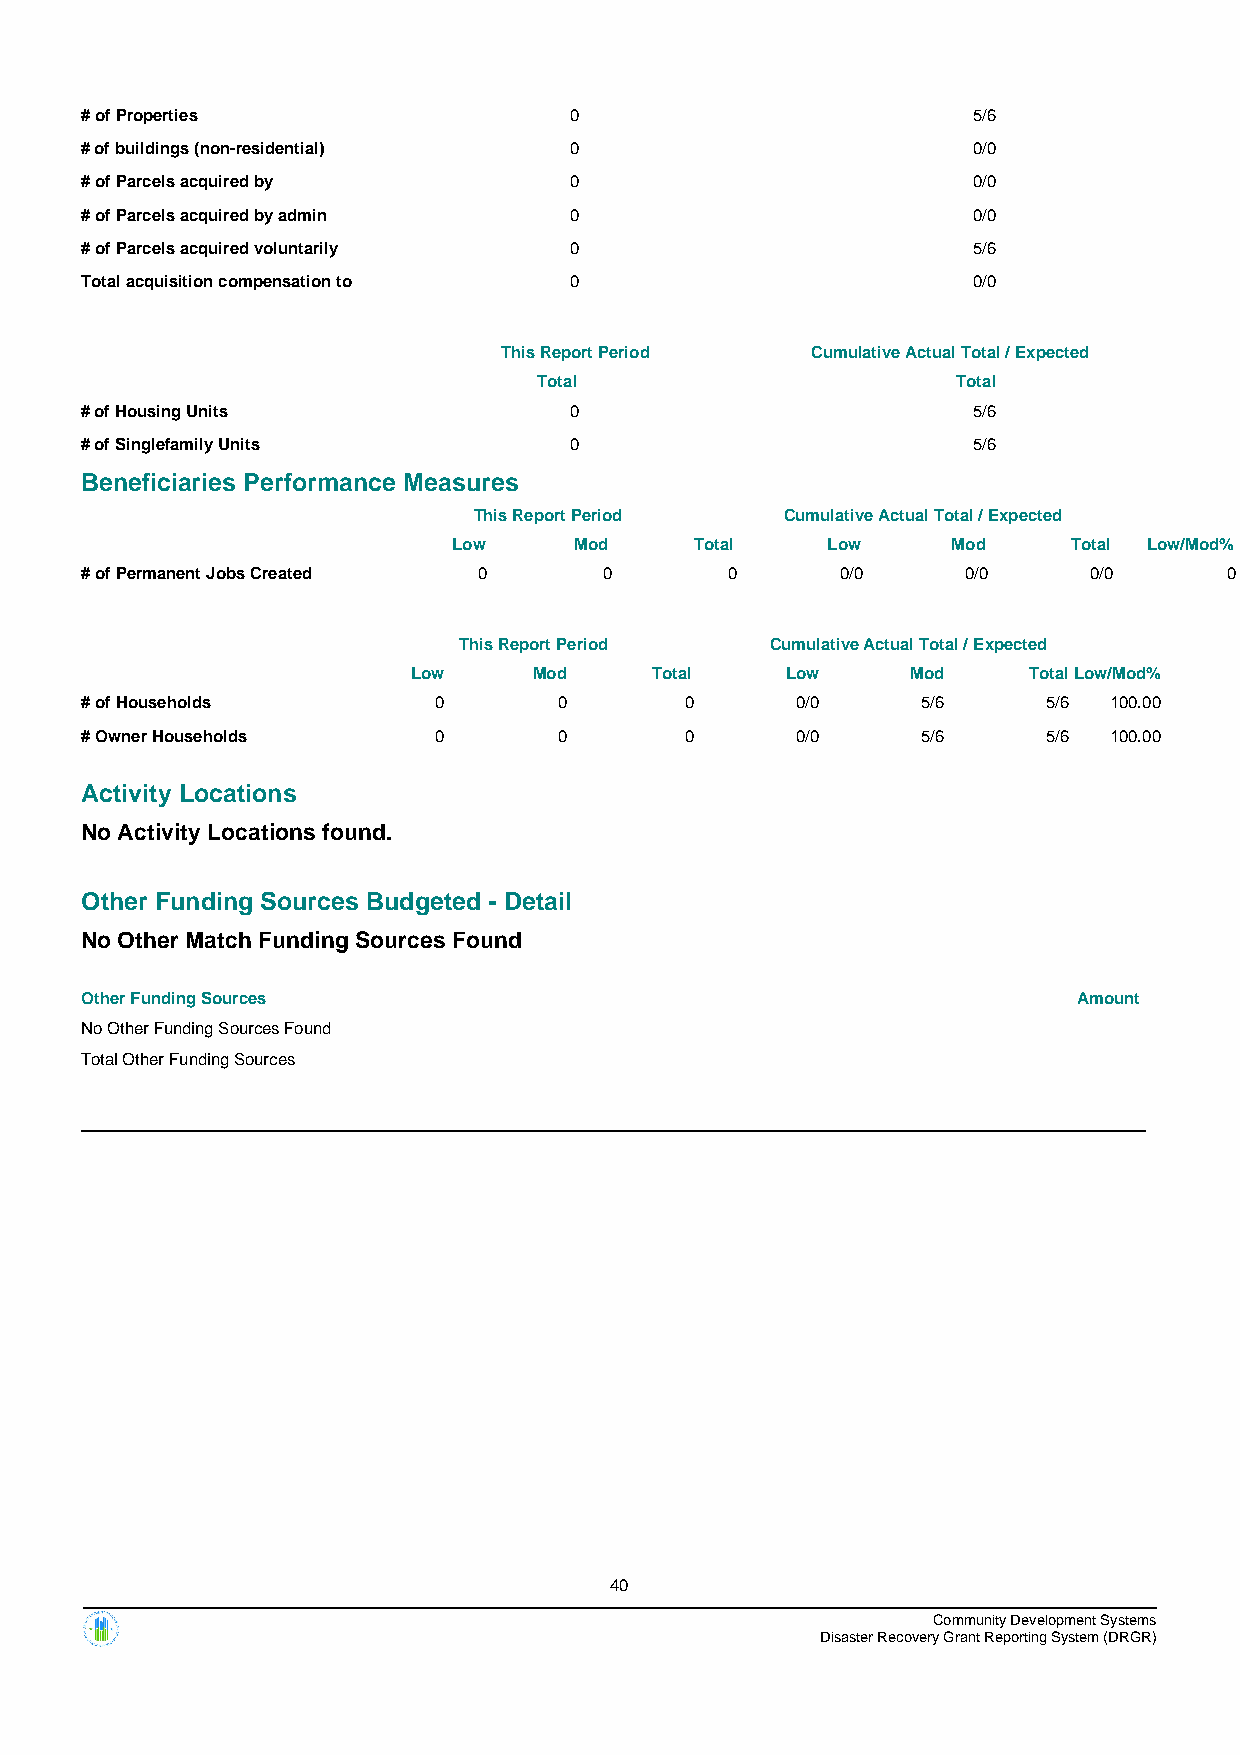
# of Properties                  0                         5/6
 # of buildings (non-residential) 0                         0/0
 # of Parcels acquired by         0                         0/0
 # of Parcels acquired by admin   0                         0/0
 # of Parcels acquired voluntarily 0                        5/6
 Total acquisition compensation to 0                        0/0
 This Report Period   Cumulative Actual Total / Expected
 Total                      Total
 # of Housing Units               0                         5/6
 # of Singlefamily Units          0                         5/6
 Beneficiaries Performance Measures
 This Report Period   Cumulative Actual Total / Expected
 Low     Mod     Total    Low     Mod     Total Low/Mod%
 # of Permanent Jobs Created 0      0       0       0/0     0/0     0/0      0
 This Report Period   Cumulative Actual Total / Expected
 Low     Mod     Total    Low     Mod     TotalLow/Mod%
 # of Households         0       0       0       0/0     5/6     5/6 100.00
 # Owner Households      0       0       0       0/0     5/6     5/6 100.00
 Activity Locations
 No Activity Locations found.
 Other Funding Sources Budgeted - Detail
 No Other Match Funding Sources Found
 Other Funding Sources                                             Amount
 No Other Funding Sources Found
 Total Other Funding Sources
 40
 Community Development Systems
 Disaster Recovery Grant Reporting System (DRGR)